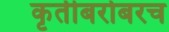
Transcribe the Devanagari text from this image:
कृतीबरोबरच